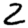
Digit: 2